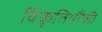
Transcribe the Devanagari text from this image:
विकृतियौंकी